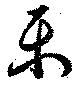
樂